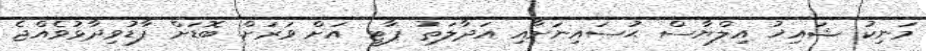
މަނިކު ޝައިޚު އިލްޔާސް ޙުސައިނަށާއި އަދާލަތު ޕާޓީ އަށް ވަރަށް ބޮޑަށް ފާޑުވިދާޅުވެއްޖެ